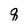
Character: q